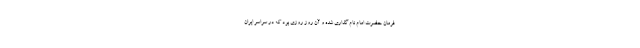
فرمان حضرت امام نام گذاری شده و آن روز روزی بود که در سراسر ایران